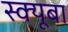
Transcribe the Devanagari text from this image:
स्क्यूबा